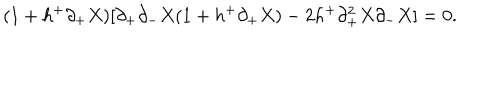
( 1 + h ^ { + } \partial _ { + } X ) [ \partial _ { + } \partial _ { - } X ( 1 + h ^ { + } \partial _ { + } X ) - 2 h ^ { + } \partial _ { + } ^ { 2 } X \partial _ { - } X ] = 0 .